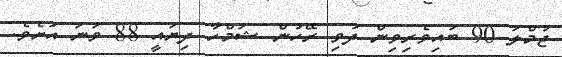
ޖުމްލަ 90 ބައިވެރިވިން ދުވި ރޭހުން ޝަމްހާ ދިޔައީ 88 ވަނަ އަށެވެ.